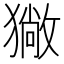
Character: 𤢄